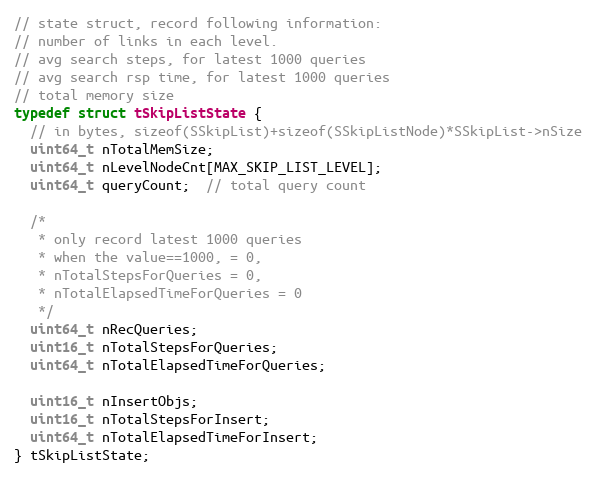
Language: C
// state struct, record following information:
// number of links in each level.
// avg search steps, for latest 1000 queries
// avg search rsp time, for latest 1000 queries
// total memory size
typedef struct tSkipListState {
  // in bytes, sizeof(SSkipList)+sizeof(SSkipListNode)*SSkipList->nSize
  uint64_t nTotalMemSize;
  uint64_t nLevelNodeCnt[MAX_SKIP_LIST_LEVEL];
  uint64_t queryCount;  // total query count

  /*
   * only record latest 1000 queries
   * when the value==1000, = 0,
   * nTotalStepsForQueries = 0,
   * nTotalElapsedTimeForQueries = 0
   */
  uint64_t nRecQueries;
  uint16_t nTotalStepsForQueries;
  uint64_t nTotalElapsedTimeForQueries;

  uint16_t nInsertObjs;
  uint16_t nTotalStepsForInsert;
  uint64_t nTotalElapsedTimeForInsert;
} tSkipListState;